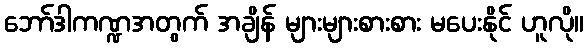
ဘော်ဒါကဏ္ဍအတွက် အချိန် များများစားစား မပေးနိုင် ဟူလို။